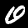
Label: 0